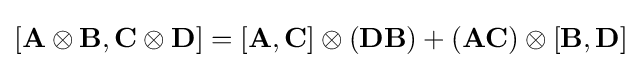
[\mathbf {A} \otimes \mathbf {B} ,\mathbf {C} \otimes \mathbf {D} ]=[\mathbf {A} ,\mathbf {C} ]\otimes (\mathbf {D} \mathbf {B} )+(\mathbf {A} \mathbf {C} )\otimes [\mathbf {B} ,\mathbf {D} ]